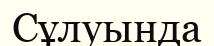
Сұлуында